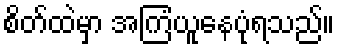
စိတ်ထဲမှာ အကြံယူနေပုံရသည်။